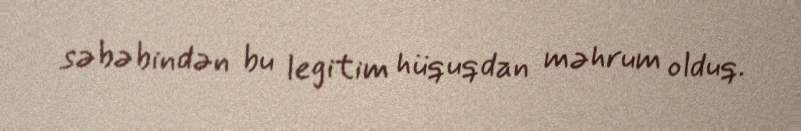
səbəbindən bu legitim hüquqdan məhrum olduq.